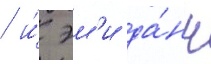
/ и́ эм'и да́нн